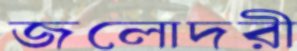
জলোদরী